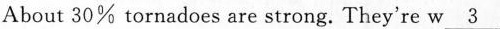
About 30% tornadoes are strong. They're w___